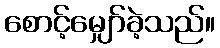
စောင့်မျှော်ခဲ့သည်။